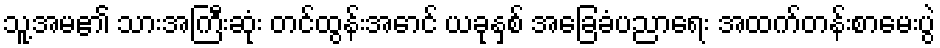
သူ့အမ၏ သားအကြီးဆုံး တင်ထွန်းအောင် ယခုနှစ် အခြေခံပညာရေး အထက်တန်းစာမေးပွဲ